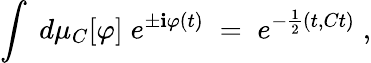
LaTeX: \int\; d\mu_{C}[\varphi]\; e^{\pm\mathbf{i}\varphi(t)}\; =\; e^{-\frac{{1}}{{2}}(t,Ct)}\; ,